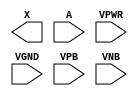
module sky130_fd_sc_hdll__dlygate4sd2 (
    X   ,
    A   ,
    VPWR,
    VGND,
    VPB ,
    VNB
);

    output X   ;
    input  A   ;
    input  VPWR;
    input  VGND;
    input  VPB ;
    input  VNB ;
endmodule